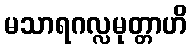
မသာရဂလ္လမုတ္တာဟိ